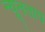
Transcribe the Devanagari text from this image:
न्यूनताप